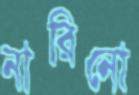
নারিনো